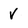
Character: v